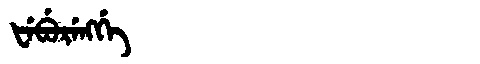
Manchu: ᡶᡝᠪᡠᡵᡝᠩᡤᡝ
Romanization: FEBURENGGE